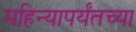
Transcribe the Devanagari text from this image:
महिन्यापर्यंतच्या